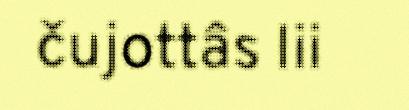
čujottâs lii